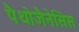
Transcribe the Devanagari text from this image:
पैथोजैनेसिस